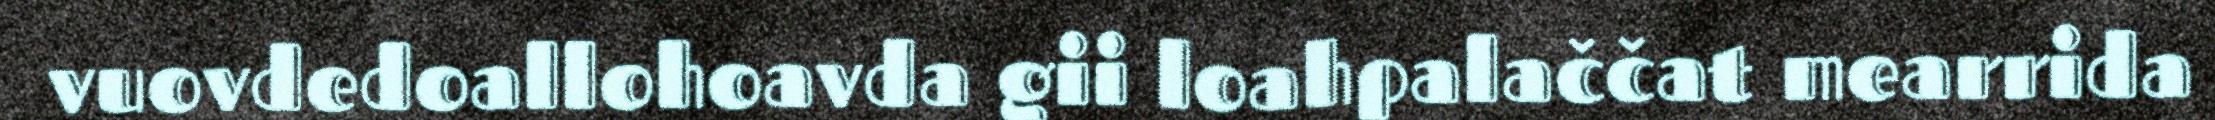
vuovdedoallohoavda gii loahpalaččat mearrida